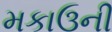
મકાઉની